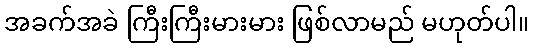
အခက်အခဲ ကြီးကြီးမားမား ဖြစ်လာမည် မဟုတ်ပါ။